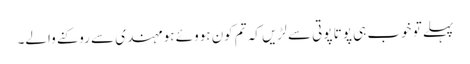
پہلے تو خوب ہی پوتا پوتی سے لڑیں کہ تم کون ہووئے ہو مہندی سے روکنے والے۔